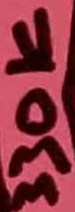
Text: 330KΩ